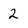
Character: 2